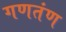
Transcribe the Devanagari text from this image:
गणतंण